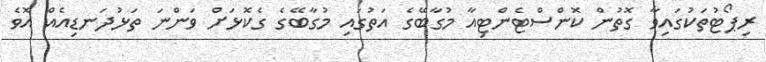
ރިޕޯޓުތަކުގައިވާ ގޮތުން ކޮންސްޓެންޓިއާ މުގާބޭގެ އަތުގައި މުގާބޭގެ ގެކޮޅަށް ވަންނަ ތަޅުދަނޑިއެއް އޮވެ